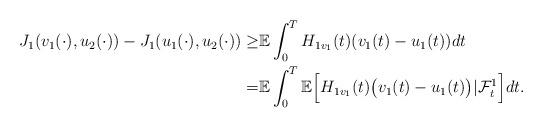
LaTeX: \begin{align*}\begin{aligned}J_1(v_1(\cdot),u_2(\cdot))-J_1(u_1(\cdot),u_2(\cdot))\geq& \mathbb{E}\int_0^TH_{1v_1}(t)(v_1(t)-u_1(t))dt\\=&\mathbb{E}\int_0^T\mathbb{E}\Big[H_{1v_1}(t)\big(v_1(t)-u_1(t)\big)|\mathcal{F}_t^1\Big]dt.\end{aligned}\end{align*}